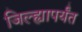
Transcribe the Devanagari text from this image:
जिल्ह्यापर्यंत